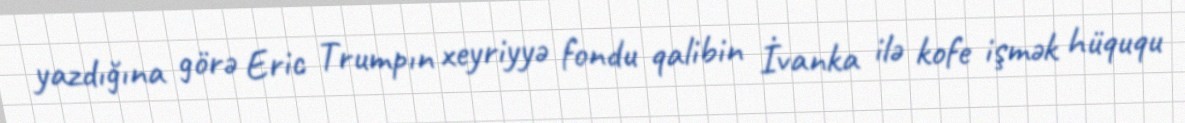
yazdığına görə Eric Trumpın xeyriyyə fondu qalibin İvanka ilə kofe işmək hüququ